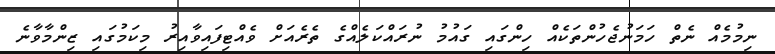
ނިމުމެއް ނެތް ހަމަނުޖެހުންތަކެއް ހިންގައި ގައުމު ނުރައްކަލެއްގެ ތެރެއަށް ވެއްޓިފައިވާއިރު މިކަމުގައި ޒިންމާވާނެ